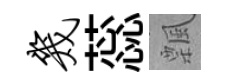
几蕊飄